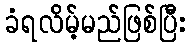
ခံရလိမ့်မည်ဖြစ်ပြီး